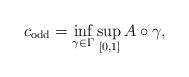
LaTeX: \begin{align*} c_{\mathrm{odd}} = \inf_{\gamma \in \Gamma} \sup_{[0, 1]} \mathcal \mathcal{A} \circ \gamma,\end{align*}